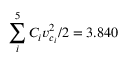
\sum _ { i } ^ { 5 } C _ { i } v _ { c _ { i } } ^ { 2 } / 2 = { 3 . 8 4 0 }